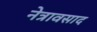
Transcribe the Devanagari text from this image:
नेत्रावसाद